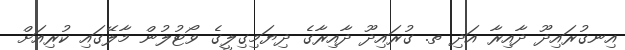
އިނގުރައިދޫ ދާއިރާ އަދި ތ. ގުރައިދޫ ދާއިރާގެ ދިޔަމިގިލީގެ ވޯޓުލުން މާލޭގައި ކުރިއަށް